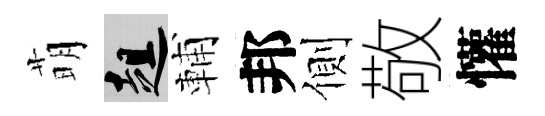
萌趄輔邦側敬懽